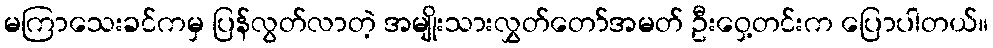
မကြာသေးခင်ကမှ ပြန်လွတ်လာတဲ့ အမျိုးသားလွှတ်တော်အမတ် ဦးဝှေ့တင်းက ပြောပါတယ်။